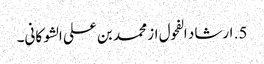
5. ارشاد الفحول از محمد بن علی الشوکانی۔